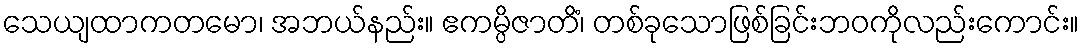
သေယျထာကတမော၊ အဘယ်နည်း။ ဧကမ္ပိဇာတိံ၊ တစ်ခုသောဖြစ်ခြင်းဘဝကိုလည်းကောင်း။